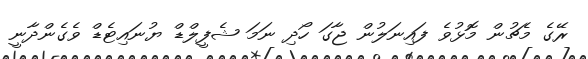
ރޭގެ މެޗުން މޮޅުވެ ފައިނަލުން ޖާގަ ހޯދި ނަމަ ޝެފީލްޑް ޔުނައިޓެޑް ވެގެންދާނީ